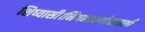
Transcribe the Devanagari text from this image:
शिष्यासी।निगमाद्यगोचराशी